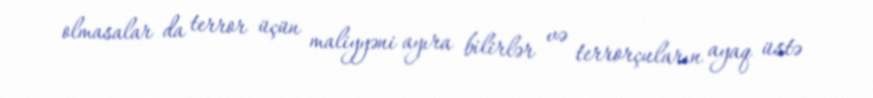
olmasalar da terror üçün maliyyəni ayıra bilirlər və terrorçuların ayaq üstə